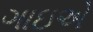
ગાઇએ